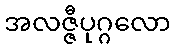
အလဇ္ဇီပုဂ္ဂလော